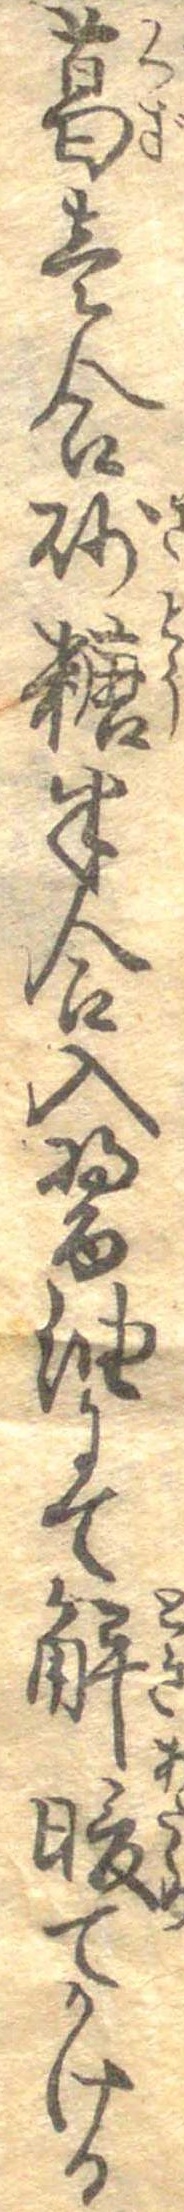
葛壱合砂糖半合入醤油にて解暖てかける